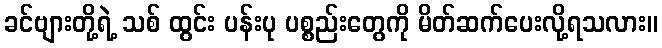
ခင်ဗျားတို့ရဲ့ သစ် ထွင်း ပန်းပု ပစ္စည်းတွေကို မိတ်ဆက်ပေးလို့ရသလား။